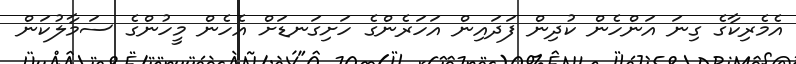
އެމެރިކާގެ ގިނަ އަންހެން ކުދިން ފަދައިން އަހަރެންގެ ހަށިގަނޑަށް އެހެން މީހުންގެ ސަމާލުކަން